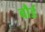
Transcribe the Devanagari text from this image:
बौर्ड